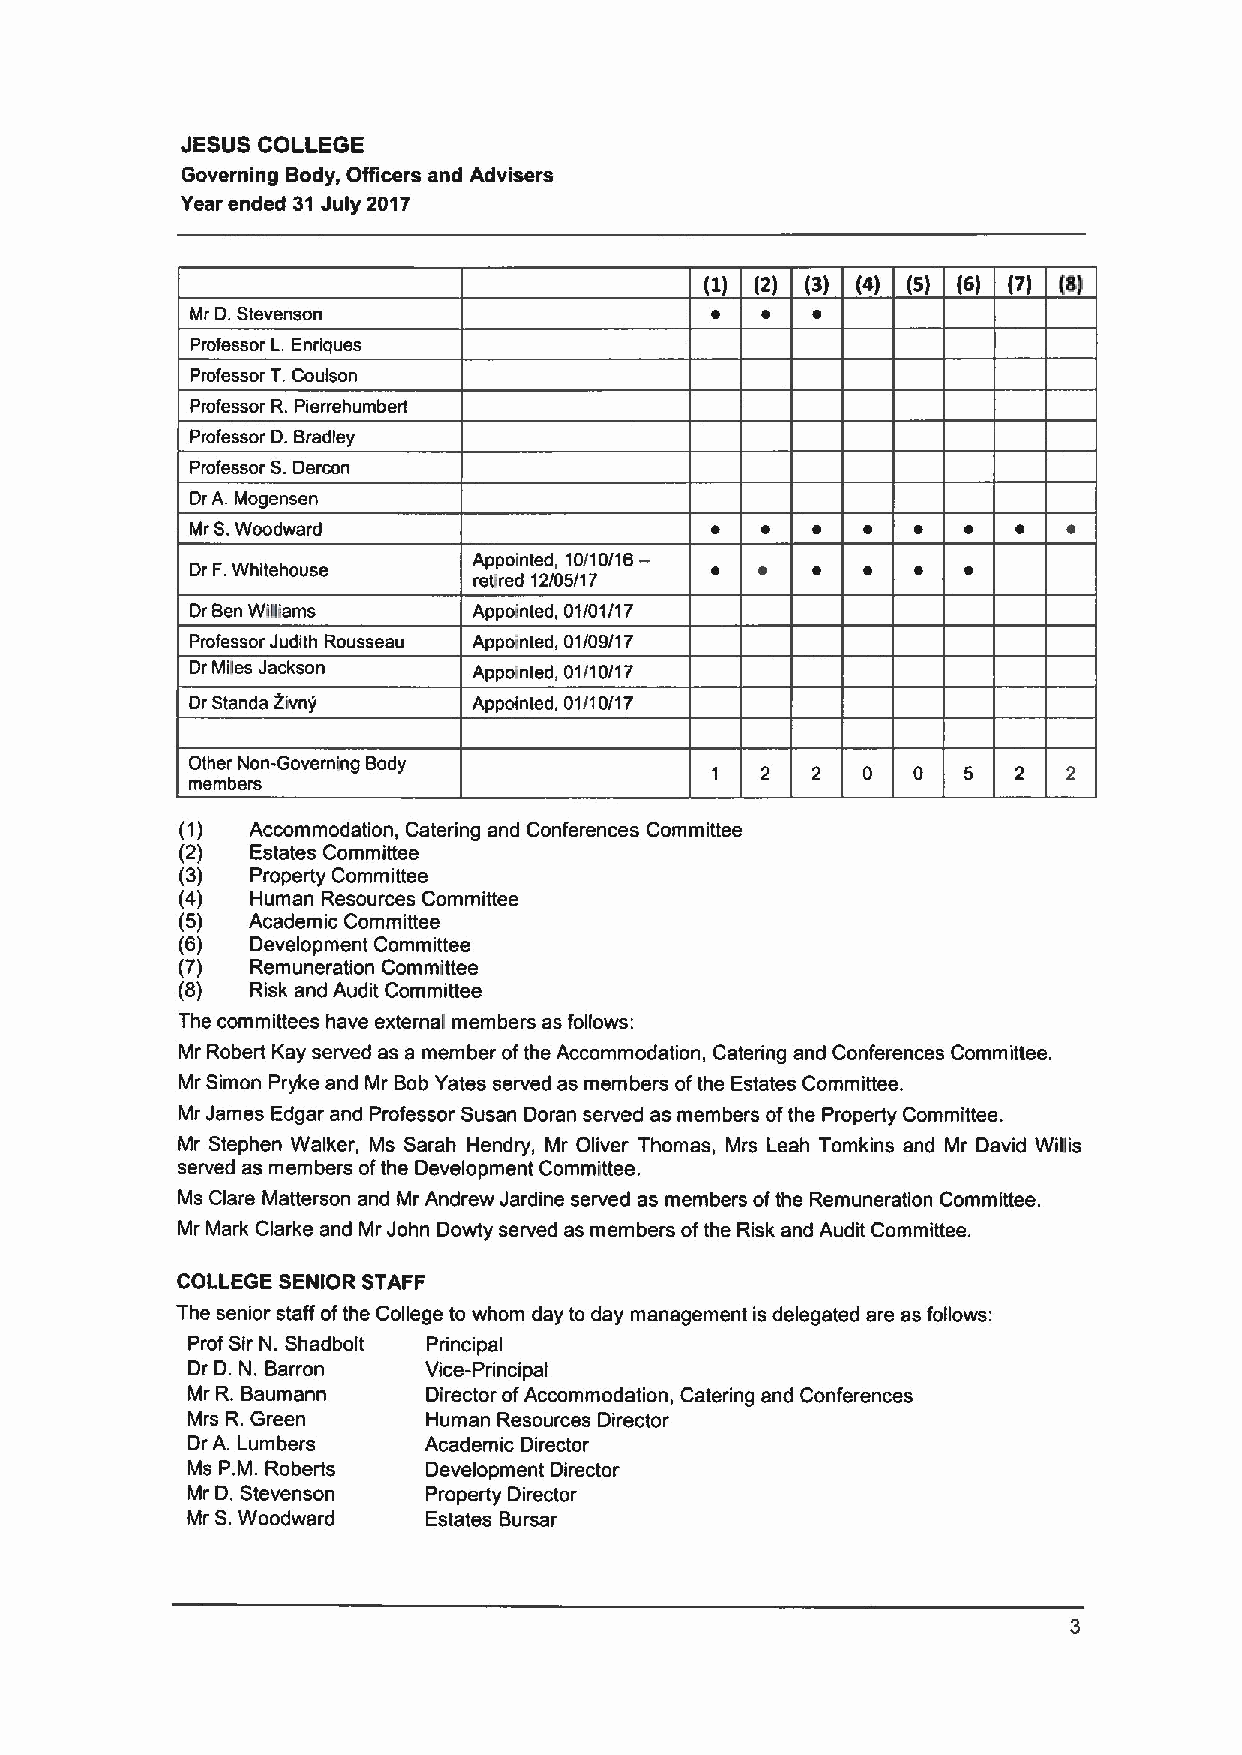
JESUS COLLEGE
 Governing Body, Officers and Advisers
 Year ended 31July 2017
 (2)    (4) (5) (6) P) (6)
 Mr D.Stevenson
 Professor L. Enriques
 Professor T.Coulson
 Professor R.Pierrehumbert
 Professor D.Bradley
 Professor S.Dercon
 Dr A. Mogensen
 Mr
 S.Woodward
 Dr F.Whitehouse   Appointed 10/10/16—
 retired 12/05/17
 Dr Ben Wtliams    Appointed, 01/01/1 7
 Professor Judith Rousseau Appointed, 01/09/1 7
 Dr Miles Jackson  Appointed, 01/10/1 7
 Dr Stands 2ivny   Appointed, 01/10/17
 Other Non-Governing Body
 0  0   5  2
 members
 (1)  Accommodation, Catering and Conferences Committee
 (2)  Estates Committee
 (3)  Property Committee
 (4)  Human Resources Committee
 (5) Academic Committee
 (6)  Development Committee
 (7)  Remuneration Committee
 (8)  Risk and Audit Committee
 The committees have external members as follows:
 Mr Robert Kay served as a member ofthe Accommodation, Catering and Conferences Committee.
 Mr Simon Pryke and Mr Bob Yates served as members ofthe Estates Committee.
 Mr James Edgar and Professor Susan Doran served as members ofthe Property Committee.
 Mr Stephen Walker, Ms Sarah Hendry, Mr Oliver Thomas, Mrs Leah Tomkins and Mr David Willis
 served as members ofthe Development Committee.
 Ms Clare Matterson and Mr Andrew Jardine served as members ofthe Remuneration Committee.
 Mr Mark Clarke and Mr John Dowty served as members ofthe Risk and Audit Committee.
 COLLEGE SENIOR STAFF
 The senior staff ofthe College to whom day to day management is delegated are as follows:
 Prof Sir N. Shadbolt Principal
 Dr D. N. Barron Vice-Principal
 Mr R.Baumann    Director ofAccommodation, Catering and Conferences
 Mrs R.Green     Human Resources Director
 Dr A. Lumbers   Academic Director
 Ms P.M. Roberts Development Director
 Mr D. Stevenson Property Director
 Mr S.Woodward   Estates Bursar